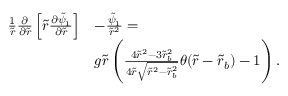
\begin{array} { r l } { \frac { 1 } { \tilde { r } } \frac { \partial } { \partial \tilde { r } } \left[ \tilde { r } \frac { \partial \tilde { \psi } _ { 1 } } { \partial \tilde { r } } \right] } & { - \frac { \tilde { \psi } _ { 1 } } { \tilde { r } ^ { 2 } } = } \\ & { g \tilde { r } \left( \frac { 4 \tilde { r } ^ { 2 } - 3 \tilde { r } _ { b } ^ { 2 } } { 4 \tilde { r } \sqrt { \tilde { r } ^ { 2 } - \tilde { r } _ { b } ^ { 2 } } } \theta ( \tilde { r } - \tilde { r } _ { b } ) - 1 \right) . } \end{array}